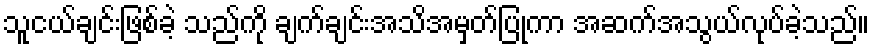
သူငယ်ချင်းဖြစ်ခဲ့ သည်ကို ချက်ချင်းအသိအမှတ်ပြုကာ အဆက်အသွယ်လုပ်ခဲ့သည်။